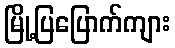
မြို့ပြပြောက်ကျား